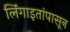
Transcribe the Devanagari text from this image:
लिंंगाइतांपासून